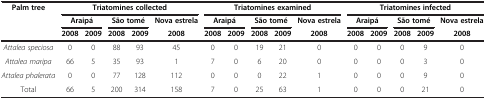
<table><thead><tr><td rowspan="3"><b>Palm tree</b></td><td colspan="5"><b>Triatomines collected</b></td><td colspan="5"><b>Triatomines examined</b></td><td colspan="5"><b>Triatomines infected</b></td></tr><tr><td colspan="2"><b>Araipá</b></td><td colspan="2"><b>São tomé</b></td><td><b>Nova estrela</b></td><td colspan="2"><b>Araipá</b></td><td colspan="2"><b>São tomé</b></td><td><b>Nova estrela</b></td><td colspan="2"><b>Araipá</b></td><td colspan="2"><b>São tomé</b></td><td><b>Nova estrela</b></td></tr><tr><td><b>2008</b></td><td><b>2009</b></td><td><b>2008</b></td><td><b>2009</b></td><td><b>2008</b></td><td><b>2008</b></td><td><b>2009</b></td><td><b>2008</b></td><td><b>2009</b></td><td><b>2008</b></td><td><b>2008</b></td><td><b>2009</b></td><td><b>2008</b></td><td><b>2009</b></td><td><b>2008</b></td></tr></thead><tbody><tr><td><i>Attalea speciosa</i></td><td>0</td><td>0</td><td>88</td><td>93</td><td>45</td><td>0</td><td>0</td><td>19</td><td>21</td><td>0</td><td>0</td><td>0</td><td>0</td><td>9</td><td>0</td></tr><tr><td><i>Attalea maripa</i></td><td>66</td><td>5</td><td>35</td><td>93</td><td>1</td><td>7</td><td>0</td><td>6</td><td>20</td><td>0</td><td>0</td><td>0</td><td>0</td><td>3</td><td>0</td></tr><tr><td><i>Attalea phalerata</i></td><td>0</td><td>0</td><td>77</td><td>128</td><td>112</td><td>0</td><td>0</td><td>0</td><td>22</td><td>1</td><td>0</td><td>0</td><td>0</td><td>9</td><td>0</td></tr><tr><td>Total</td><td>66</td><td>5</td><td>200</td><td>314</td><td>158</td><td>7</td><td>0</td><td>25</td><td>63</td><td>1</td><td>0</td><td>0</td><td>0</td><td>21</td><td>0</td></tr></tbody></table>